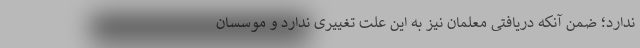
ندارد؛ ضمن آنکه دریافتی معلمان نیز به این علت تغییری ندارد و موسسان